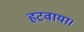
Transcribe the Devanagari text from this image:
हटवाया।